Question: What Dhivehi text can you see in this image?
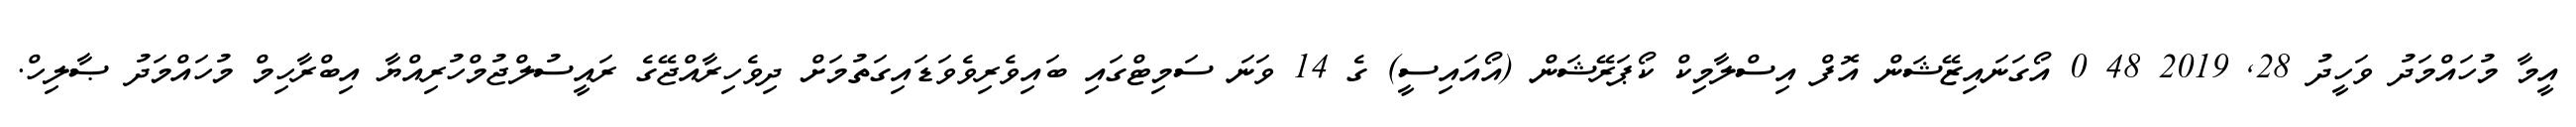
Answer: އީމާ މުހައްމަދު ވަހީދު 28, 2019 48 0 އޯގަނައިޒޭޝަން އޮފް އިސްލާމިކް ކޯޕަރޭޝަން (އޯއައިސީ) ގެ 14 ވަނަ ސަމިޓްގައި ބައިވެރިވެވަޑައިގަތުމަށް ދިވެހިރާއްޖޭގެ ރައީސުލްޖުމްހުރިއްޔާ އިބްރާހިމް މުހައްމަދު ޞާލިހް.